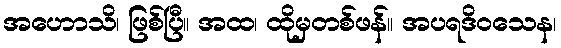
အဟောသိ၊ ဖြစ်ပြီ။ အထ၊ ထိုမှတစ်ဖန်။ အပရဒိဝသေန၊